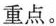
重点。